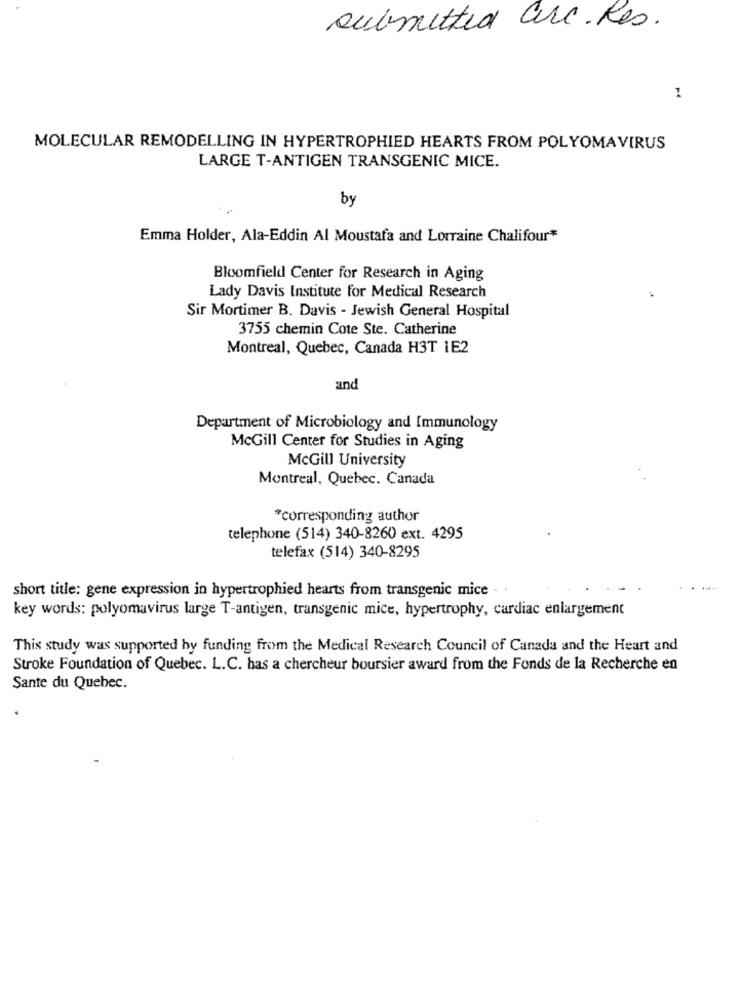
submitted are. Res.
1
MOLECULAR REMODELLING IN HYPERTROPHIED HEARTS FROM POLYOMAVIRUS
LARGE T-ANTIGEN TRANSGENIC MICE.
by
Emma Holder, Ala-Eddin Al Moustafa and Lorraine Chalifour*
Bloomfield Center for Research in Aging
Lady Davis Institute for Medical Research
Sir Mortimer B. Davis - Jewish General Hospital
3755 chemin Cote Ste. Catherine
Montreal, Quebec, Canada H3T 1E2
and
Department of Microbiology and Immunology
McGill Center for Studies in Aging
McGill University
Montreal, Quebec, Canada
*corresponding author
telephone (514) 340-8260 ext. 4295
telefax (514) 340-8295
short title: gene expression in hypertrophied hearts from transgenic mice .
key words: polyomavirus large T-antigen, transgenic mice, hypertrophy, cardiac enlargement
This study was supported by funding from the Medical Research Council of Canada and the Heart and
Stroke Foundation of Quebec. L.C. has a chercheur boursier award from the Fonds de la Recherche en
Sante du Quebec.